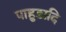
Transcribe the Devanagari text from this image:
पाहुडादि